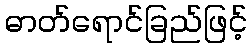
ဓာတ်ရောင်ခြည်ဖြင့်